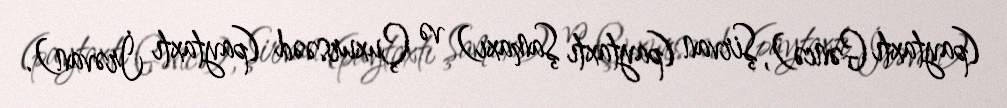
(paytaxtı Gəncə), Şirvan (paytaxtı Şamaxı) və Çuxursəəd (paytaxtı İrəvan).